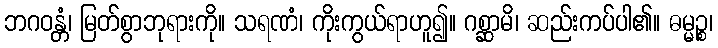
ဘဂဝန္တံ၊ မြတ်စွာဘုရားကို။ သရဏံ၊ ကိုးကွယ်ရာဟူ၍။ ဂစ္ဆာမိ၊ ဆည်းကပ်ပါ၏။ ဓမ္မဉ္စ၊